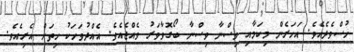
ހުސްވެދެއެވެ. އަހަރެން މިކަމާއި ވިސްނާ ވިސްނާ ބޯގޮވާވަރު ވެެއްޖެއެވެ. އެއްދުވަހަކު ހިތަށް އެރިއެވެ.